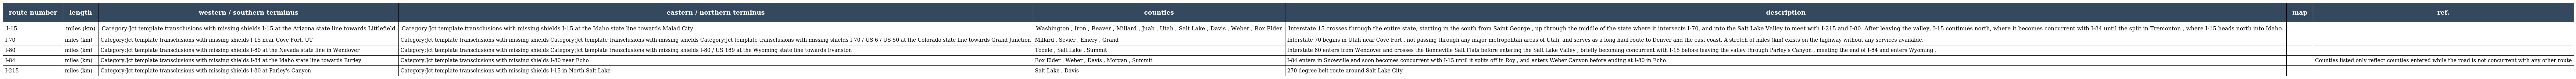
| route number | length | western / southern terminus | eastern / northern terminus | counties | description | map | ref. |
 | --- | --- | --- | --- | --- | --- | --- | --- |
 | I-15 | miles (km) | Category:Jct template transclusions with missing shields I-15 at the Arizona state line towards Littlefield | Category:Jct template transclusions with missing shields I-15 at the Idaho state line towards Malad City | Washington , Iron , Beaver , Millard , Juab , Utah , Salt Lake , Davis , Weber , Box Elder | Interstate 15 crosses through the entire state, starting in the south from Saint George , up through the middle of the state where it intersects I-70, and into the Salt Lake Valley to meet with I-215 and I-80. After leaving the valley, I-15 continues north, where it becomes concurrent with I-84 until the split in Tremonton , where I-15 heads north into Idaho. |  |  |
 | I-70 | miles (km) | Category:Jct template transclusions with missing shields I-15 near Cove Fort, UT | Category:Jct template transclusions with missing shields Category:Jct template transclusions with missing shields Category:Jct template transclusions with missing shields I-70 / US 6 / US 50 at the Colorado state line towards Grand Junction | Millard , Sevier , Emery , Grand | Interstate 70 begins in Utah near Cove Fort , not passing through any major metropolitan areas of Utah, and serves as a long-haul route to Denver and the east coast. A stretch of miles (km) exists on the highway without any services available. |  |  |
 | I-80 | miles (km) | Category:Jct template transclusions with missing shields I-80 at the Nevada state line in Wendover | Category:Jct template transclusions with missing shields Category:Jct template transclusions with missing shields I-80 / US 189 at the Wyoming state line towards Evanston | Tooele , Salt Lake , Summit | Interstate 80 enters from Wendover and crosses the Bonneville Salt Flats before entering the Salt Lake Valley , briefly becoming concurrent with I-15 before leaving the valley through Parley's Canyon , meeting the end of I-84 and enters Wyoming . |  |  |
 | I-84 | miles (km) | Category:Jct template transclusions with missing shields I-84 at the Idaho state line towards Burley | Category:Jct template transclusions with missing shields I-80 near Echo | Box Elder . Weber , Davis , Morgan , Summit | I-84 enters in Snowville and soon becomes concurrent with I-15 until it splits off in Roy , and enters Weber Canyon before ending at I-80 in Echo |  | Counties listed only reflect counties entered while the road is not concurrent with any other route |
 | I-215 | miles (km) | Category:Jct template transclusions with missing shields I-80 at Parley's Canyon | Category:Jct template transclusions with missing shields I-15 in North Salt Lake | Salt Lake , Davis | 270 degree belt route around Salt Lake City |  |  |